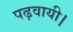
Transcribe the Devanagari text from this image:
पढ़वायी।